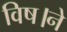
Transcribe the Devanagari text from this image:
विष।ने